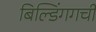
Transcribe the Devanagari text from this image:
बिल्डिंगगची